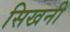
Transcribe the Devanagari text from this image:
सिखनी